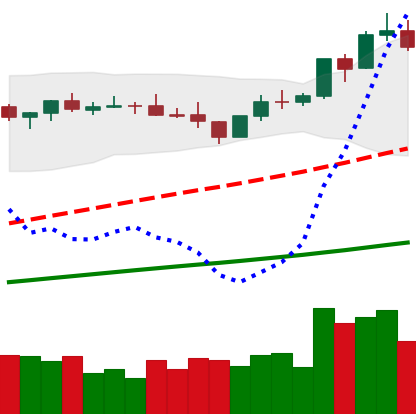
Ticker: BNB-USD
Chart end date: 2021-04-03
Forward return: 29.37%
Label: up_7plus